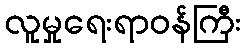
လူမှုရေးရာဝန်ကြီး